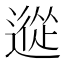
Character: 䢨